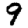
Digit: 9